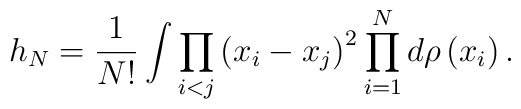
h_{N}=\frac{1}{N!}\int \prod_{i<j}\left( x_{i}-x_{j}\right)^{2}\prod_{i=1}^{N}d\rho \left( x_{i}\right) .